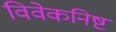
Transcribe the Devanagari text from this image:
विवेकनिष्ट